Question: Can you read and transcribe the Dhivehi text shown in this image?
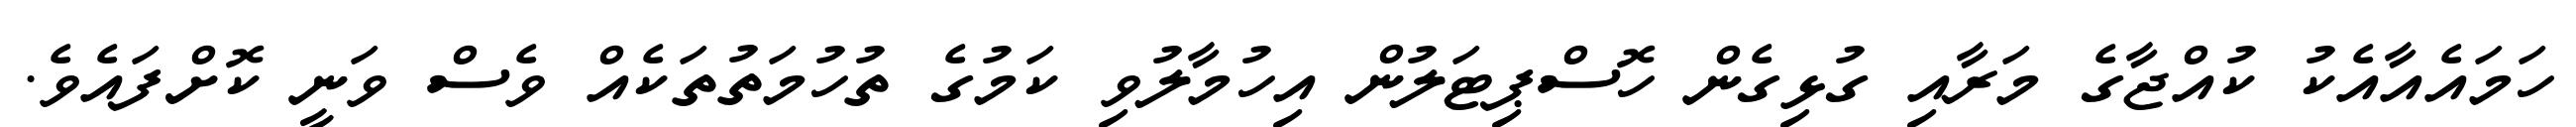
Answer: ހަމައެއާއެކު ކުއްޖާގެ މަރާއި ގުޅިގެން ހޮސްޕިޓަލުން އިހުމާލުވި ކަމުގެ ތުހުމަތުތަކެއް ވެސް ވަނީ ކޮށްފައެވެ.